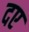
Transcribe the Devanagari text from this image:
दए